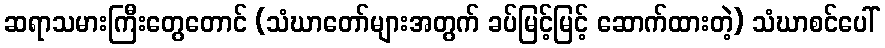
ဆရာသမားကြီးတွေတောင် (သံဃာတော်များအတွက် ခပ်မြင့်မြင့် ဆောက်ထားတဲ့) သံဃာစင်ပေါ်